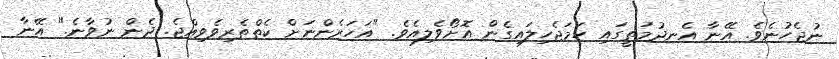
ނުޖެހުނެވެ. އޭނާ އެނދުމަތީގައި ހަމަޖެހިލައިގެން އޮށޯވެލިއެވެ. "އަހަރެންނަށް ކެތްތެރިވެވިއްޖެ. ދެން ނުވާނެ." އޭނާ